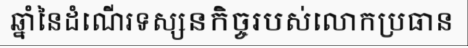
ឆ្នាំនៃដំណើរទស្សនកិច្ចរបស់លោកប្រធាន